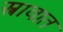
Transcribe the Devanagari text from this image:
स्त्रावात